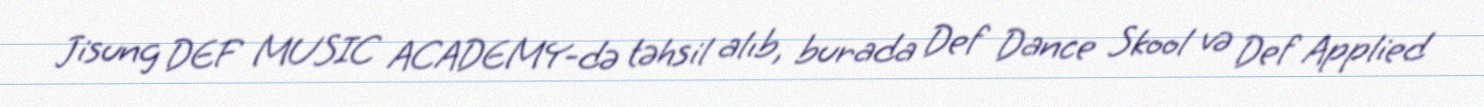
Jisung DEF MUSIC ACADEMY-də təhsil alıb, burada Def Dance Skool və Def Applied